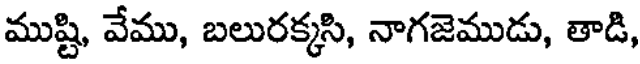
ముష్టి, వేము, బలురక్కసి, నాగజెముడు, తాడి,